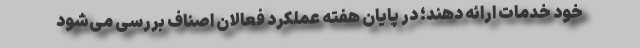
خود خدمات ارائه دهند؛ در پایان هفته عملکرد فعالان اصناف بررسی می‌شود